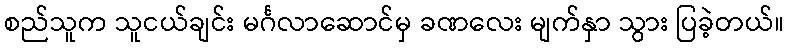
စည်သူက သူငယ်ချင်း မင်္ဂလာဆောင်မှ ခဏလေး မျက်နှာ သွား ပြခဲ့တယ်။